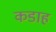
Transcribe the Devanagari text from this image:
कडाह